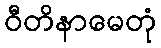
ဝီတိနာမေတုံ